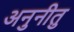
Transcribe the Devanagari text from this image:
अनुनीतु